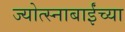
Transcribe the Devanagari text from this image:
ज्योत्स्नाबाईंच्या